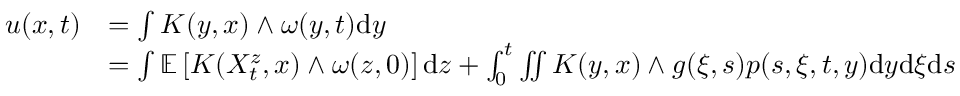
\begin{array} { r l } { u ( x , t ) } & { = \int K ( y , x ) \wedge \omega ( y , t ) \mathrm { d } y } \\ & { = \int \mathbb { E } \left[ K ( X _ { t } ^ { z } , x ) \wedge \omega ( z , 0 ) \right] \mathrm { d } z + \int _ { 0 } ^ { t } \iint K ( y , x ) \wedge g ( \xi , s ) p ( s , \xi , t , y ) \mathrm { d } y \mathrm { d } \xi \mathrm { d } s } \end{array}